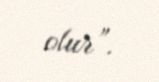
olur”.